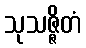
သုသဇ္ဇိတံ